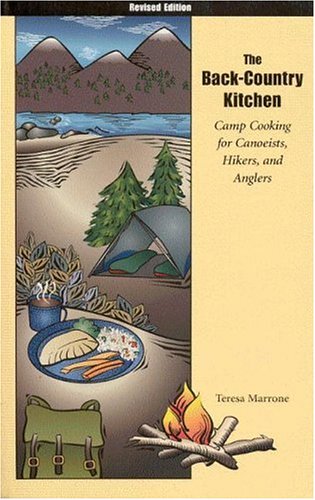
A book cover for The Back-Country Kitchen: Camp Cooking for Canoeists, Hikers, and Anglers; Teresa Marrone; Cookbooks, Food & Wine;